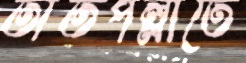
তাঁতপল্লীতে